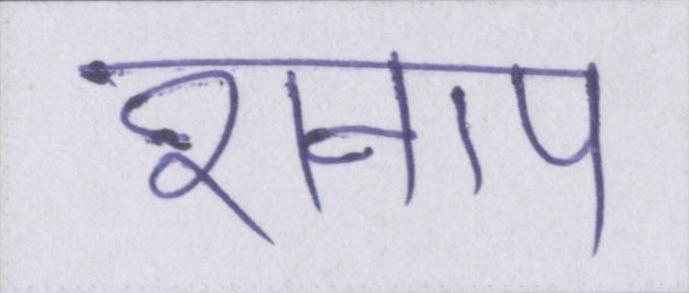
शनाप